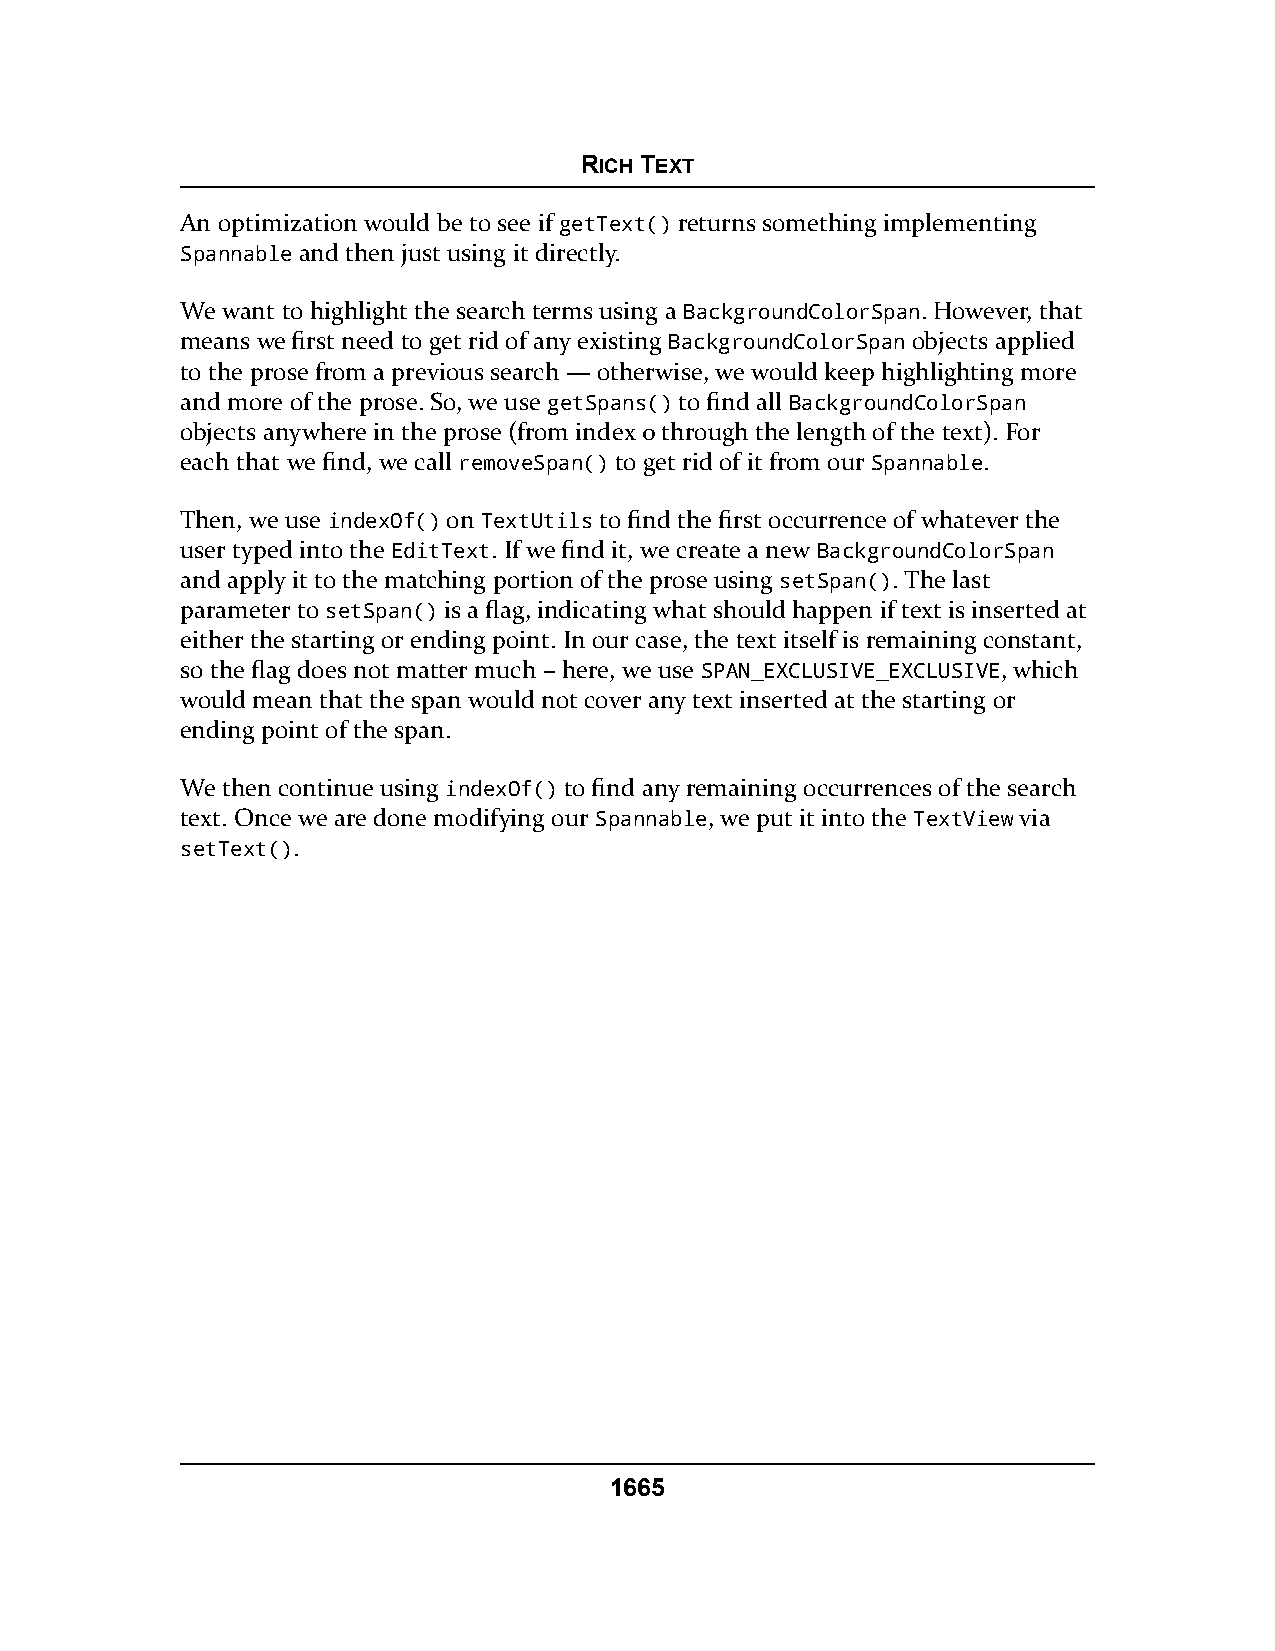
RICH TEXT
 An optimization would be to see if getText() returns something implementing
 Spannable and then just using it directly.
 We want to highlight the search terms using a BackgroundColorSpan. However, that
 means we first need to get rid of any existing BackgroundColorSpan objects applied
 to the prose from a previous search — otherwise, we would keep highlighting more
 and more of the prose. So, we use getSpans() to find all BackgroundColorSpan
 objects anywhere in the prose (from index 0 through the length of the text). For
 each that we find, we call removeSpan() to get rid of it from our Spannable.
 Then, we use indexOf() on TextUtils to find the first occurrence of whatever the
 user typed into the EditText. If we find it, we create a new BackgroundColorSpan
 and apply it to the matching portion of the prose using setSpan(). The last
 parameter to setSpan() is a flag, indicating what should happen if text is inserted at
 either the starting or ending point. In our case, the text itself is remaining constant,
 so the flag does not matter much – here, we use SPAN_EXCLUSIVE_EXCLUSIVE, which
 would mean that the span would not cover any text inserted at the starting or
 ending point of the span.
 We then continue using indexOf() to find any remaining occurrences of the search
 text. Once we are done modifying our Spannable, we put it into the TextView via
 setText().
 1665